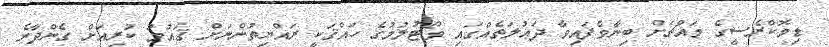
ޑިމޮކްރެސީގެ މައްޗަށް ބިނާވެފައިވާ ދަޢުލަތެއްގައި ވޯޓުލުމުގެ ހައްޤަކީ ރައްޔިތުންނަށް ޤައުމު ކުރިއަށް ގެންދާނެ